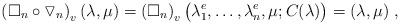
LaTeX: \begin{align*}\left(\Box_n \circ \triangledown_n\right)_v (\lambda, \mu) = \left(\Box_n\right)_v \big(\lambda_1^e, \ldots, \lambda_n^e, \mu; C(\lambda) \big) = (\lambda, \mu) \;,\end{align*}